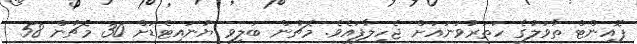
ޕޮއިންޓް ތާވަލުގެ ހަތަރުވަނައަށް ޖެހިލާފައެވެ. މެޗުން ބަލިވި ޔުނައިޓެޑަށް 30 މެޗުން 58